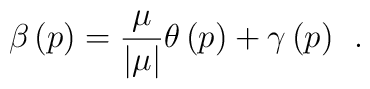
\beta \left( p\right) =\frac \mu {\left| \mu \right| }\theta \left(p\right) +\gamma \left( p\right) \;\,.